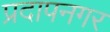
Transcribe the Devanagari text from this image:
प्रदापनगर